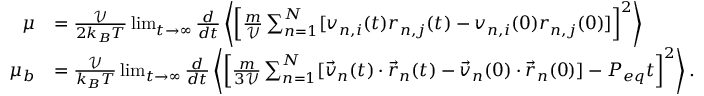
\begin{array} { r l } { \mu } & { = \frac { \mathcal { V } } { 2 k _ { B } T } \operatorname* { l i m } _ { t \to \infty } \frac { d } { d t } \left\langle \left[ \frac { m } { \mathcal { V } } \sum _ { n = 1 } ^ { N } [ v _ { n , i } ( t ) r _ { n , j } ( t ) - v _ { n , i } ( 0 ) r _ { n , j } ( 0 ) ] \right] ^ { 2 } \right\rangle } \\ { \mu _ { b } } & { = \frac { \mathcal { V } } { k _ { B } T } \operatorname* { l i m } _ { t \to \infty } \frac { d } { d t } \left\langle \left[ \frac { m } { 3 \mathcal { V } } \sum _ { n = 1 } ^ { N } [ \vec { v } _ { n } ( t ) \cdot \vec { r } _ { n } ( t ) - \vec { v } _ { n } ( 0 ) \cdot \vec { r } _ { n } ( 0 ) ] - P _ { e q } t \right] ^ { 2 } \right\rangle . } \end{array}